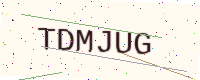
Text: TDMJUG